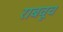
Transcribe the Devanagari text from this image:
राबवूच